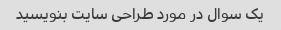
یک سوال در مورد طراحی سایت بنویسید